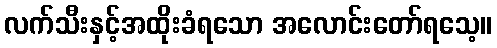
လက်သီးနှင့်အထိုးခံရသော အလောင်းတော်ရသေ့။